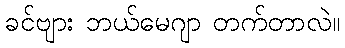
ခင်ဗျား ဘယ်မေဂျာ တက်တာလဲ။